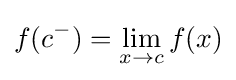
f(c^{-})=\lim _{x\to c}f(x)